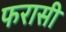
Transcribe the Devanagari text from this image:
फरासी